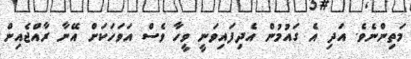
މަތިންނެވެ. އަދި އެ ގައުމުން އެދިފައިވަނީ ވީހާ ވެސް އަވަހަކަށް އޭނާ ރާއްޖެއިން